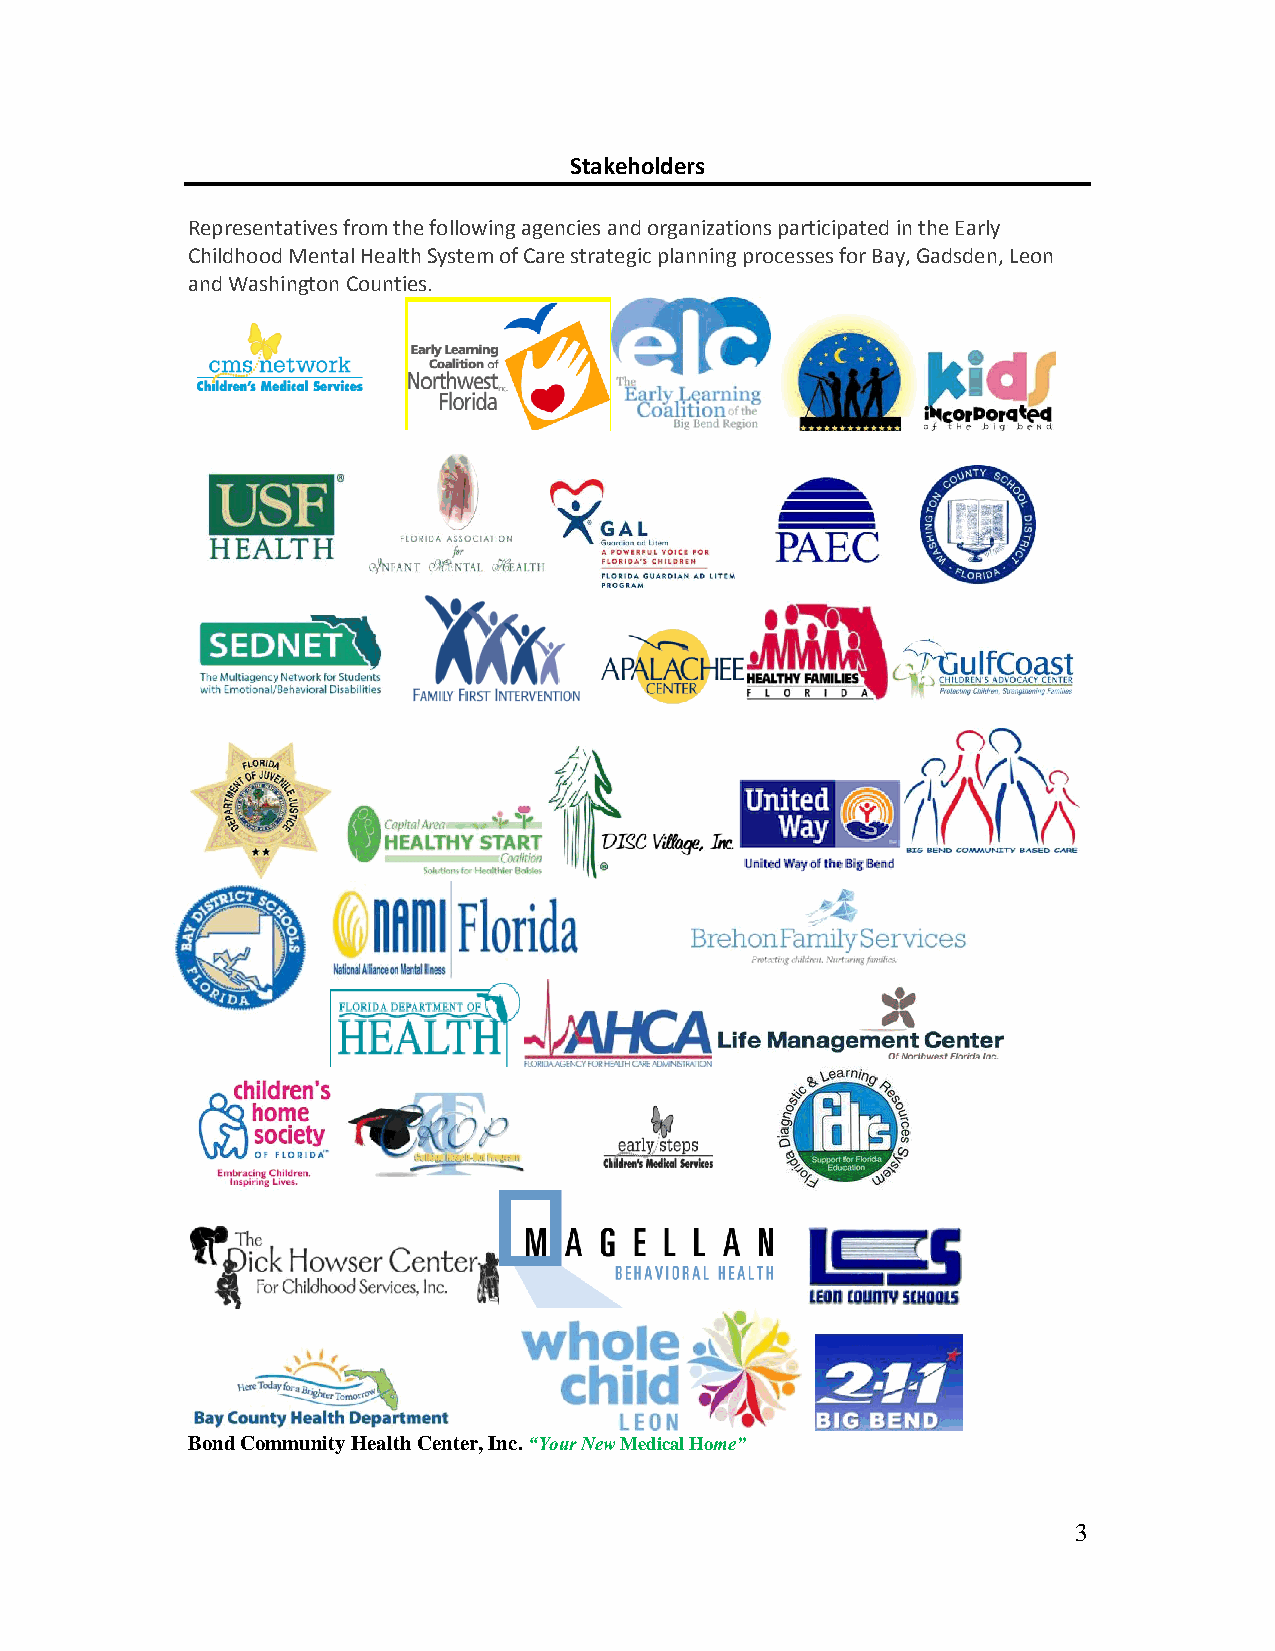
Stakeholders
 Representatives from the following agencies and organizations participated in the Early
 Childhood Mental Health System of Care strategic planning processes for Bay, Gadsden, Leon
 and Washington Counties.
 Bond Community Health Center, Inc. “Your New Medical Home”
 3